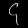
Digit: ၄